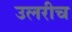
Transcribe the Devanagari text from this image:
उलरीच